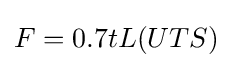
F=0.7tL(UTS)